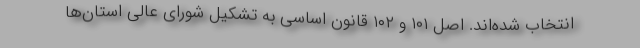
انتخاب شده‌اند. اصل ۱۰۱ و ۱۰۲ قانون اساسی به تشکیل شورای عالی استان‌ها